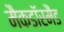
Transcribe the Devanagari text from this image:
मैकडाॅरमैंड